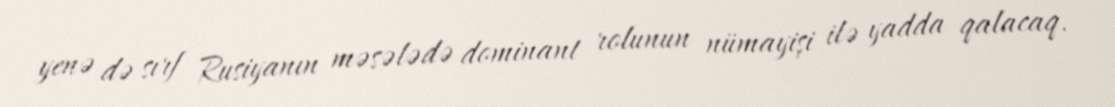
yenə də sırf Rusiyanın məsələdə dominant rolunun nümayişi ilə yadda qalacaq.